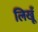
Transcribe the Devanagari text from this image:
लिखूँ